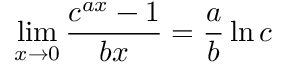
\operatorname* { l i m } _ { x \to 0 } { \frac { c ^ { a x } - 1 } { b x } } = { \frac { a } { b } } \ln c